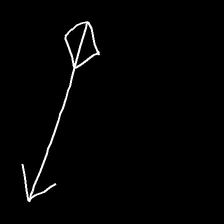
Glyph: focus